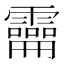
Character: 𩆚